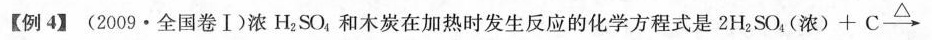
【例4】(2009·全国卷Ⅰ)浓\mathrm{H}_{2} \mathrm{SO}_{4}，和木炭在加热时发生反应的化学方程式是2 \mathrm{H}_{2} \mathrm{SO}_{4}，(浓)+\mathrm{C} \stackrel{\triangle}{\longrightarrow}